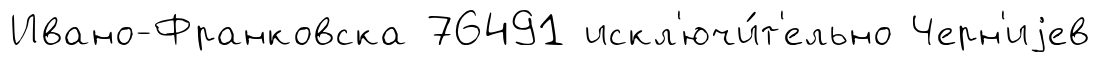
Ивано-Франковска 76491 искл'ючи́т'ельно Черн'иjев